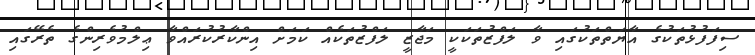
ސިފަފުޅުތަކުގެ އާޔަތްތަކުގައި ވާ ލަފްޒުތަކަކީ މަޖާޒީ ލަފްޒުތަކެއް ކަމަށް އިންކާރުކުރައްވާ ޢިލްމުވެރިންގެ ތެރޭގައި